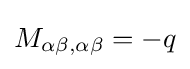
M_{\alpha \beta ,\alpha \beta }=-q